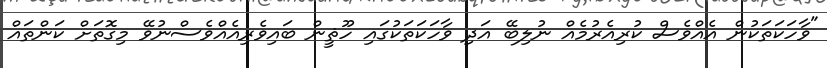
"ވާހަކަތަކުން އެއްވެސް ކުރިއެރުމެއް ނުލިބޭ އަދި ވާހަކަތަކުގައި ހޫޘީން ބައިވެރިއެއްވެސްނުވޭ މިގޮތަށް ކަންތައް